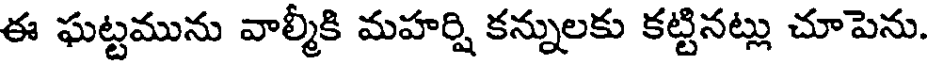
ఈ ఘట్టమును వాల్మీకి మహర్షి కన్నులకు కట్టినట్లు చూపెను.